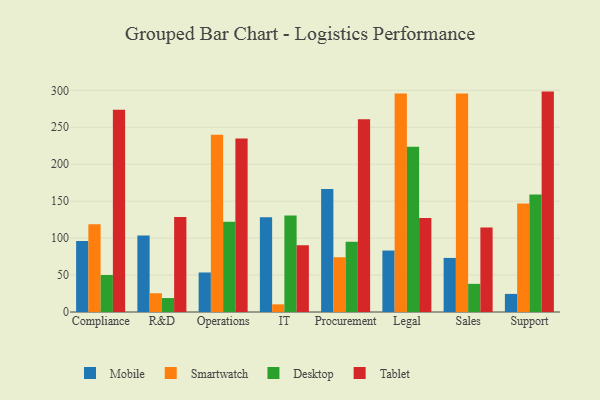
{"axis": {"x": "Department", "y": "Gross Profit (USD K)"}, "legend": ["Desktop", "Mobile", "Smartwatch", "Tablet"], "data": [{"x": "Compliance", "y": 96.0, "type": "Mobile"}, {"x": "Compliance", "y": 118.9, "type": "Smartwatch"}, {"x": "Compliance", "y": 50.1, "type": "Desktop"}, {"x": "Compliance", "y": 273.7, "type": "Tablet"}, {"x": "R&D", "y": 103.5, "type": "Mobile"}, {"x": "R&D", "y": 25.4, "type": "Smartwatch"}, {"x": "R&D", "y": 18.9, "type": "Desktop"}, {"x": "R&D", "y": 128.5, "type": "Tablet"}, {"x": "Operations", "y": 53.5, "type": "Mobile"}, {"x": "Operations", "y": 240.0, "type": "Smartwatch"}, {"x": "Operations", "y": 122.0, "type": "Desktop"}, {"x": "Operations", "y": 234.9, "type": "Tablet"}, {"x": "IT", "y": 128.1, "type": "Mobile"}, {"x": "IT", "y": 10.4, "type": "Smartwatch"}, {"x": "IT", "y": 130.5, "type": "Desktop"}, {"x": "IT", "y": 90.5, "type": "Tablet"}, {"x": "Procurement", "y": 166.5, "type": "Mobile"}, {"x": "Procurement", "y": 74.1, "type": "Smartwatch"}, {"x": "Procurement", "y": 95.2, "type": "Desktop"}, {"x": "Procurement", "y": 260.8, "type": "Tablet"}, {"x": "Legal", "y": 83.2, "type": "Mobile"}, {"x": "Legal", "y": 295.7, "type": "Smartwatch"}, {"x": "Legal", "y": 223.8, "type": "Desktop"}, {"x": "Legal", "y": 127.1, "type": "Tablet"}, {"x": "Sales", "y": 73.2, "type": "Mobile"}, {"x": "Sales", "y": 295.6, "type": "Smartwatch"}, {"x": "Sales", "y": 38.1, "type": "Desktop"}, {"x": "Sales", "y": 114.3, "type": "Tablet"}, {"x": "Support", "y": 24.5, "type": "Mobile"}, {"x": "Support", "y": 146.7, "type": "Smartwatch"}, {"x": "Support", "y": 158.9, "type": "Desktop"}, {"x": "Support", "y": 298.3, "type": "Tablet"}]}